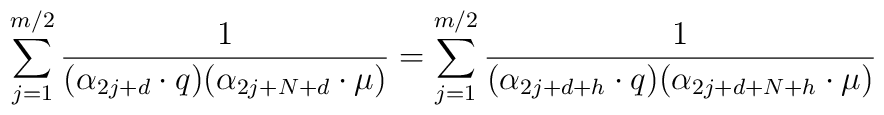
\sum_{j=1}^{m/2}{1\over{(\alpha_{2j+d}\cdot   q)(\alpha_{2j+N+d}\cdot\mu)}}   =\sum_{j=1}^{m/2}{1\over{(\alpha_{2j+d+h}\cdot q)   (\alpha_{2j+d+N+h}\cdot\mu)}}